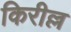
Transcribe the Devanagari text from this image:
किरील्ल